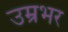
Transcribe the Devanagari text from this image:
उम्रभर